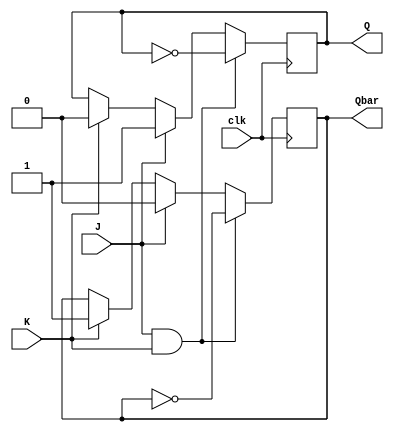
module JK_latch(input J, input K, input clk, output reg Q, output reg Qbar);

always @(posedge clk) begin
    if (J & K) begin
        Q <= ~Q;
        Qbar <= ~Qbar;
    end else if (J) begin
        Q <= 1'b1;
        Qbar <= 1'b0;
    end else if (K) begin
        Q <= 1'b0;
        Qbar <= 1'b1;
    end 
end

endmodule